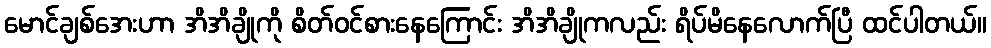
မောင်ချစ်အေးဟာ အိအိချိုကို စိတ်ဝင်စားနေကြောင်း အိအိချိုကလည်း ရိပ်မိနေလောက်ပြီ ထင်ပါတယ်။